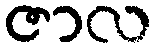
ဇာလ